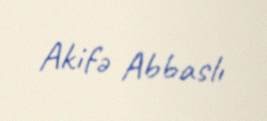
Akifə Abbaslı